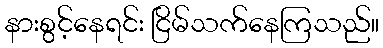
နားစွင့်နေရင်း ငြိမ်သက်နေကြသည်။